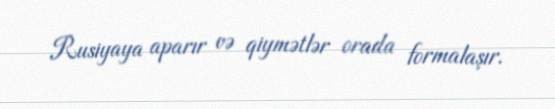
Rusiyaya aparır və qiymətlər orada formalaşır.